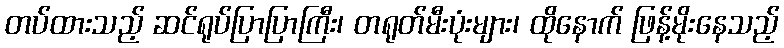
တပ်ထားသည့် ဆင်ရုပ်ပြာပြာကြီး၊ တရုတ်မီးပုံးများ၊ ထိုနောက် ဖြန့်မိုးနေသည့်